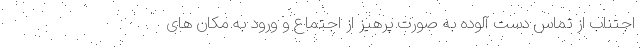
اجتناب از تماس دست آلوده به صورت پرهیز از اجتماع و ورود به مکان های